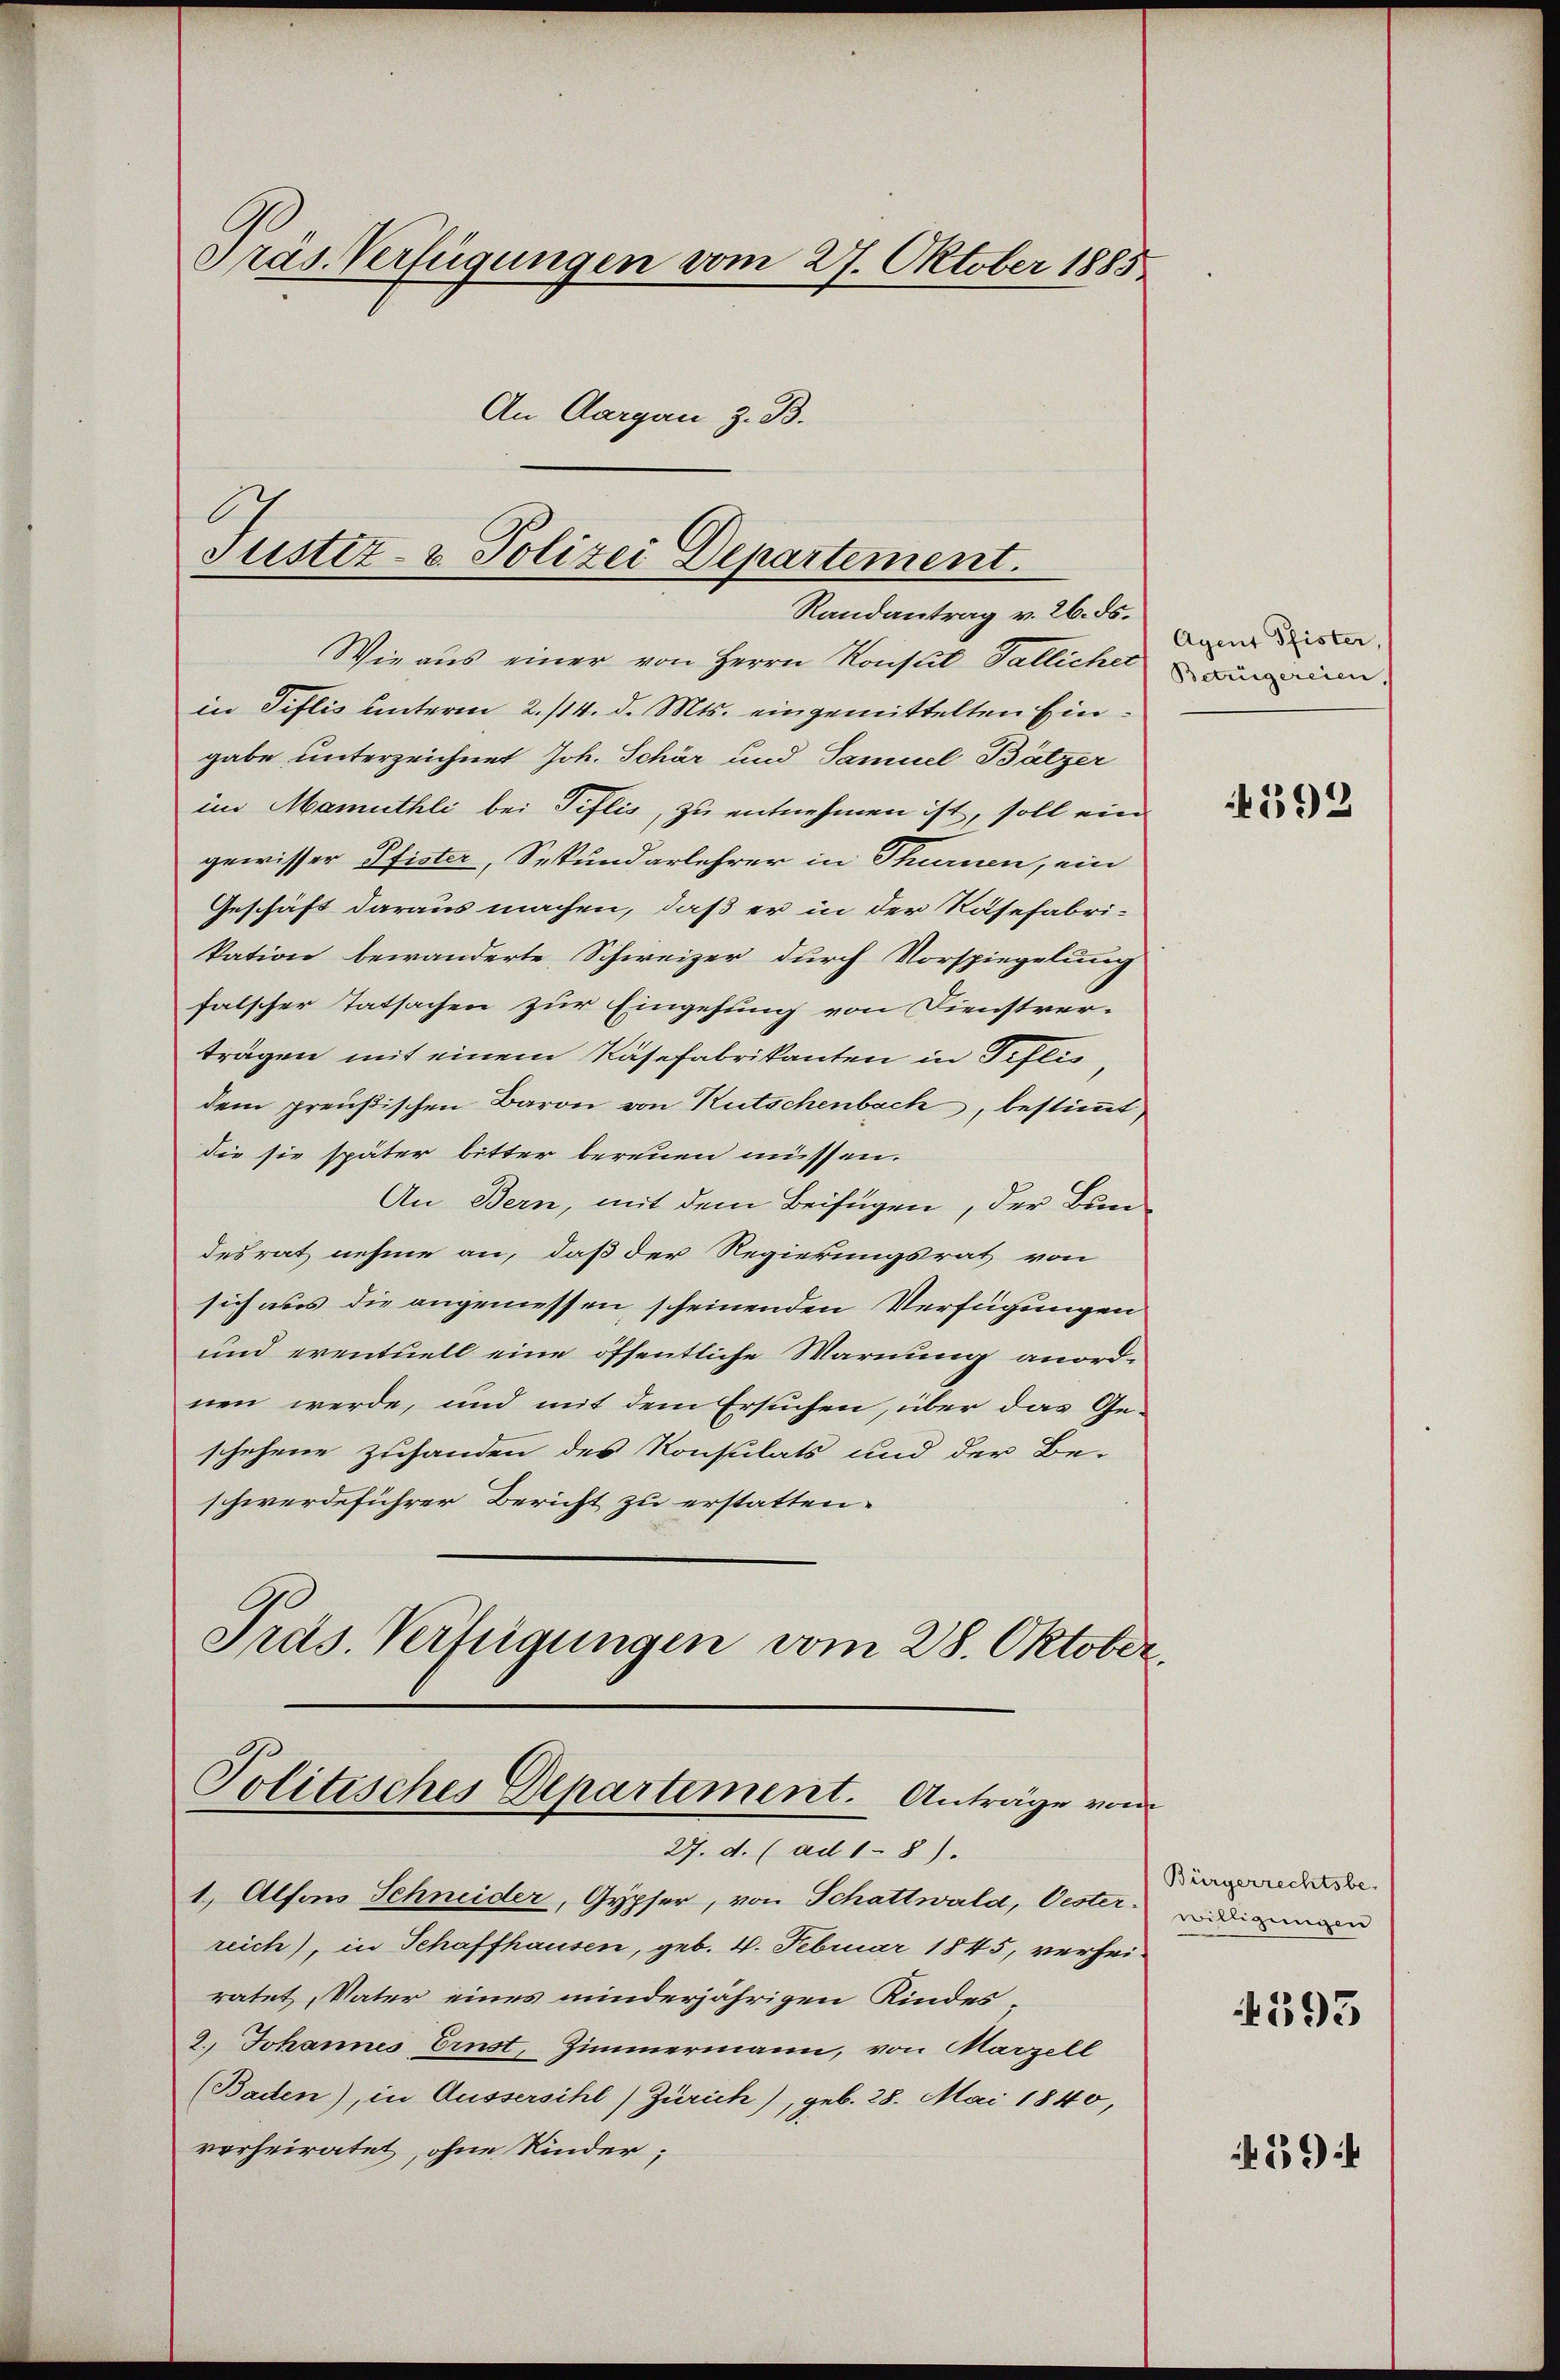
Präs. Verfügungen vom 27. Oktober 1885
An Aargau z. B.

b
Justiz- & Polizei Departement.
Randantrag v. 26. ds.

Wie aus einer von Herrn Konseit Pallicherun
in Tiflis unterm 2./14. d. Mts. eingemittelten Eingabe unterzeichnet Joh. Schär und Samuel Bätzer
im Mamuthli bei Tiflis, zu entnehmen ist, soll ein
gewisser Pfister, Sekundarlehrer in Thurnen, ein
Geschäft daraus machen, daß er in der Rasefabri-
kation bewanderte Schweizer durch Vorspiegelung
falscher Tatsachen zur Eingehung von Dienstver-
trägen mit einem Käsefabrikanten in Tiftis,
dem preußischen Baron von Kutschenbach, bestimmt,
die sie später bitter bereuen müssen.
An Bern, mit dem Beifügen, der Bun-
desrat nehme an, daß der Regierungsrat von
sich aus die angemessen scheinenden Verfügungen
und eventuell eine öffentliche Warnung anordnen werde, und mit dem Ersuchen, über das Ge-
schehene Zuhanden des Konsulats und der Be-
schwerdeführer Bericht zu erstatten.
Präs. Verfügungen vom 28. Oktober.

Politisches Departement. Anträge von
27. d. (ad 1-8).

1.) Alfons Schneider, Gypfer, von Schattwald, Oester dienen
reich), in Schaffhausen, geb. 4. Februar 1845, verheiratet, Vater eines minderjährigen Kindes¬
2. Johannes Ernst, Zimmermann, von Marzell
(Baden), in Aussersihl (Zürich), geb. 28. Mai 1840,
verheiratet, ohne Kinder;

Agent Pfister,

592

Bürgerrechtsbe-

4393

594